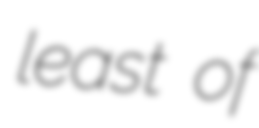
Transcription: least of